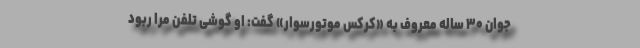
جوان ۳۰ ساله معروف به «کرکس موتورسوار» گفت: او گوشی تلفن مرا ربود